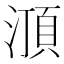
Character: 㴿